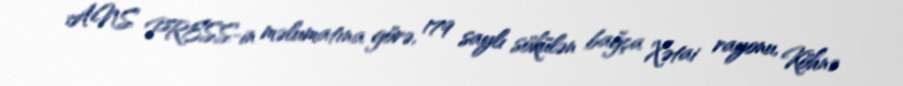
ANS PRESS-in məlumatına görə, 179 saylı sökülən bağça Xətai rayonu, Köhnə